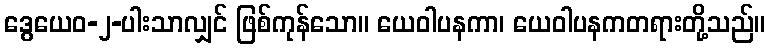
ဒွေယေဝ-၂-ပါးသာလျှင် ဖြစ်ကုန်သော။ ယေဝါပနကာ၊ ယေဝါပနကတရားတို့သည်။